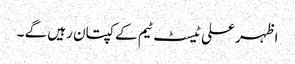
اظہر علی ٹیسٹ ٹیم کے کپتان رہیں گے ۔